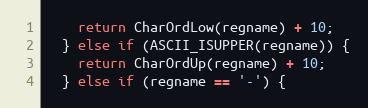
Language: C
    return CharOrdLow(regname) + 10;
  } else if (ASCII_ISUPPER(regname)) {
    return CharOrdUp(regname) + 10;
  } else if (regname == '-') {